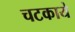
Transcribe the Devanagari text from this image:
चटकाये